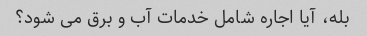
بله، آیا اجاره شامل خدمات آب و برق می شود؟